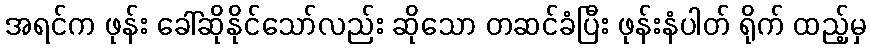
အရင်က ဖုန်း ခေါ်ဆိုနိုင်သော်လည်း ဆိုသော တဆင်ခံပြီး ဖုန်းနံပါတ် ရိုက် ထည့်မှ